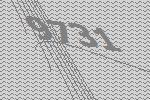
9731